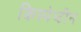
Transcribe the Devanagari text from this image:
किस्पेप्टीन